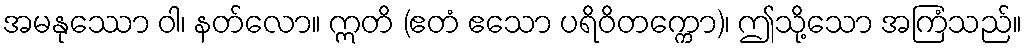
အမနုဿော ဝါ၊ နတ်လော။ ဣတိ (ဧတံ ဧသော ပရိဝိတက္ကော)၊ ဤသို့သော အကြံသည်။